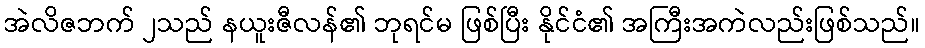
အဲလိဇဘက် ၂သည် နယူးဇီလန်၏ ဘုရင်မ ဖြစ်ပြီး နိုင်ငံ၏ အကြီးအကဲလည်းဖြစ်သည်။